Report on malaria in the Punjab during the year ...  together with an account of the work of the Punjab Malaria Bureau - Volume 4
Disease focus: Malaria
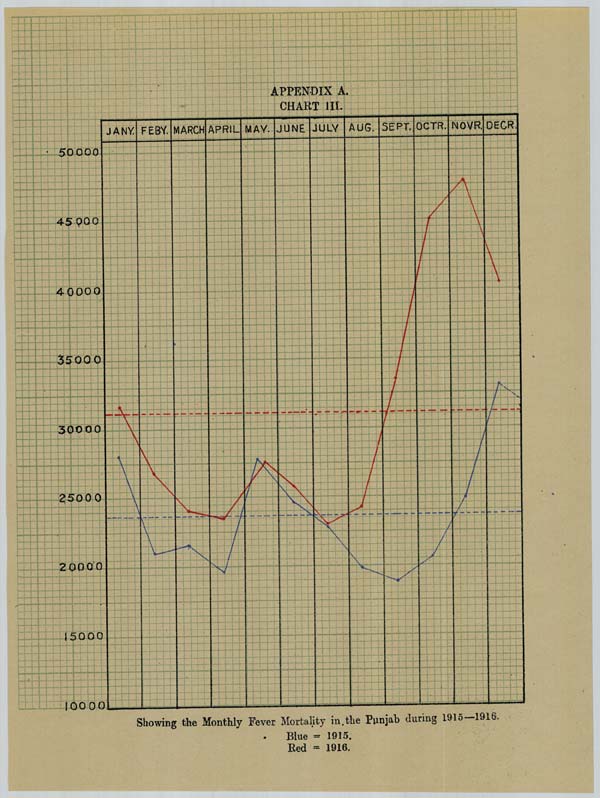
Showing the Monthly Fever Mortality in the Punjab during 1915—1916.
Blue = 1915.
Red = 1916.